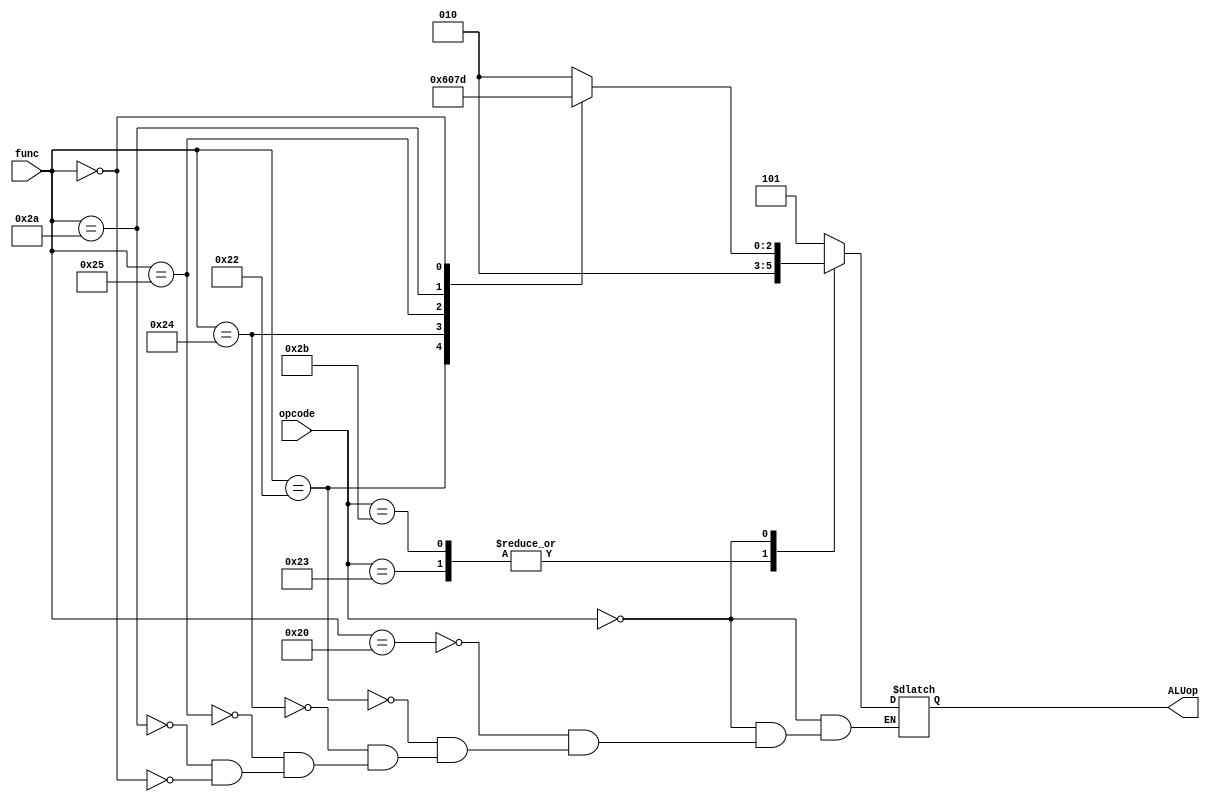
`timescale 1ns/1ns
module ALUControl(input[5:0] func, opcode, output reg[2:0] ALUop);
  always @(*) begin
    case(opcode)
      6'b100011: ALUop = 3'b010;
      6'b101011: ALUop = 3'b010;
      6'b000000: begin
        case(func)
          6'b100000: ALUop = 3'b010;
          6'b100010: ALUop = 3'b110;
          6'b100100: ALUop = 3'b000;
          6'b100101: ALUop = 3'b001;
          6'b101010: ALUop = 3'b111;
          6'b000000: ALUop = 3'b101;
        endcase
      end
      default ALUop = 3'b101;
    endcase
  end
endmodule